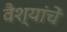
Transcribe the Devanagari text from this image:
वैश्यांचें